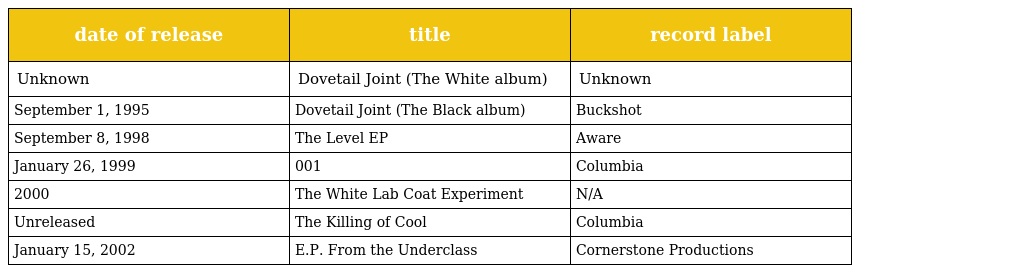
| date of release | title | record label |
 | --- | --- | --- |
 | Unknown | Dovetail Joint (The White album) | Unknown |
 | September 1, 1995 | Dovetail Joint (The Black album) | Buckshot |
 | September 8, 1998 | The Level EP | Aware |
 | January 26, 1999 | 001 | Columbia |
 | 2000 | The White Lab Coat Experiment | N/A |
 | Unreleased | The Killing of Cool | Columbia |
 | January 15, 2002 | E.P. From the Underclass | Cornerstone Productions |